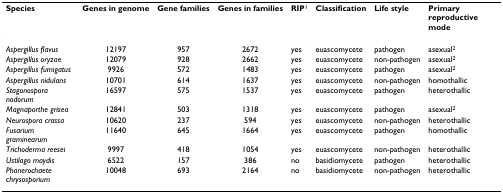
<table><thead><tr><td><b>Species</b></td><td><b>Genes in genome</b></td><td><b>Gene families</b></td><td><b>Genes in families</b></td><td><b>RIP<sup>1</sup></b></td><td><b>Classification</b></td><td><b>Life style</b></td><td><b>Primary reproductive mode</b></td></tr></thead><tbody><tr><td><i>Aspergillus flavus</i></td><td>12197</td><td>957</td><td>2672</td><td>yes</td><td>euascomycete</td><td>pathogen</td><td>asexual<sup>2</sup></td></tr><tr><td><i>Aspergillus oryzae</i></td><td>12079</td><td>928</td><td>2662</td><td>yes</td><td>euascomycete</td><td>non-pathogen</td><td>asexual<sup>2</sup></td></tr><tr><td><i>Aspergillus fumigatus</i></td><td>9926</td><td>572</td><td>1483</td><td>yes</td><td>euascomycete</td><td>pathogen</td><td>asexual<sup>2</sup></td></tr><tr><td><i>Aspergillus nidulans</i></td><td>10701</td><td>614</td><td>1637</td><td>yes</td><td>euascomycete</td><td>non-pathogen</td><td>homothallic</td></tr><tr><td><i>Stagonospora nodorum</i></td><td>16597</td><td>575</td><td>1537</td><td>yes</td><td>euascomycete</td><td>pathogen</td><td>heterothallic</td></tr><tr><td><i>Magnaporthe grisea</i></td><td>12841</td><td>503</td><td>1318</td><td>yes</td><td>euascomycete</td><td>pathogen</td><td>asexual<sup>2</sup></td></tr><tr><td><i>Neurospora crassa</i></td><td>10620</td><td>237</td><td>594</td><td>yes</td><td>euascomycete</td><td>non-pathogen</td><td>heterothallic</td></tr><tr><td><i>Fusarium graminearum</i></td><td>11640</td><td>645</td><td>1664</td><td>yes</td><td>euascomycete</td><td>pathogen</td><td>homothallic</td></tr><tr><td><i>Trichoderma reesei</i></td><td>9997</td><td>418</td><td>1054</td><td>yes</td><td>euascomycete</td><td>non-pathogen</td><td>heterothallic</td></tr><tr><td><i>Ustilago maydis</i></td><td>6522</td><td>157</td><td>386</td><td>no</td><td>basidiomycete</td><td>pathogen</td><td>heterothallic</td></tr><tr><td><i>Phanerochaete chrysosporium</i></td><td>10048</td><td>693</td><td>2164</td><td>no</td><td>basidiomycete</td><td>non-pathogen</td><td>heterothallic</td></tr></tbody></table>